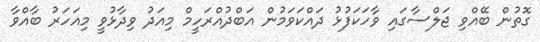
ގޮތުން ބޭއްވި ޖަލްސާގައި ވާހަަކަފުޅު ދައްކަވަމުން އަބްދުއްރަހީމް މިއަދު ވިދާޅުވީ މިއަހަރު ބާއްވާ